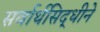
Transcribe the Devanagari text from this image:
सर्वार्थसिद्धीने